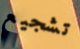
تشجيع